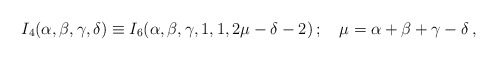
\begin{align*}I_4(\alpha,\beta,\gamma,\delta)\equiv I_6(\alpha,\beta,\gamma,1,1,2\mu-\delta-2)\,;\quad\mu=\alpha+\beta+\gamma-\delta\,,\end{align*}